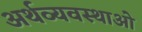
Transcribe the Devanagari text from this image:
अर्थव्यवस्थाओ